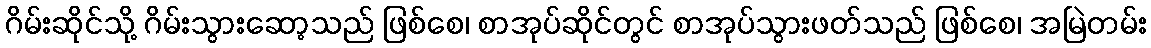
ဂိမ်းဆိုင်သို့ ဂိမ်းသွားဆော့သည် ဖြစ်စေ၊ စာအုပ်ဆိုင်တွင် စာအုပ်သွားဖတ်သည် ဖြစ်စေ၊ အမြဲတမ်း